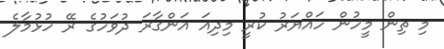
މި ތިން މީހުން ހައްޔަރު ކުރީ މިދިއަ އަންގާރަ ދުވަހުގެ ރޭ ހުޅުމާލެ